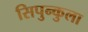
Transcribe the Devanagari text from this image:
सिपुन्कुला